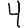
Digit: 4